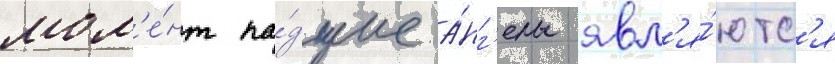
мом'е́нт па́дшие а́нг'елы явл'я́ютс'я